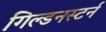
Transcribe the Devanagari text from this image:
गिल्डनस्टर्न